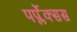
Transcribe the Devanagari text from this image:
पर्प्लेक्सस